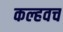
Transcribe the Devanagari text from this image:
कल्हवच